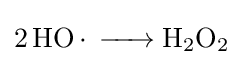
{\ce {2HO. -> H2O2}}